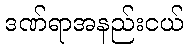
ဒဏ်ရာအနည်းငယ်